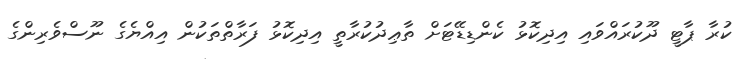
ކުރާ ޕާޓީ ދޫކުރައްވައި އިދިކޮޅު ކެންޑިޑޭޓަށް ތާޢިދުކުރާތީ އިދިކޮޅު ފަރާތްތަކުން އިއްޔެގެ ނޫސްވެެރިންގެ